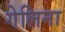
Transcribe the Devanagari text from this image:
गेलिना